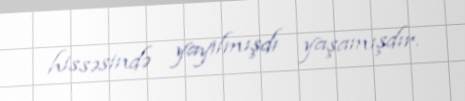
hissəsində yayılmışdı yaşamışdır.